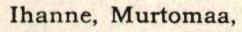
 Ihanne, Murtomaa,